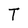
Character: T